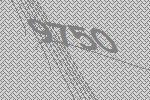
9750